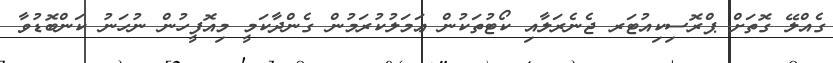
ގެއްލޭ ގޮތަށް ޕްރޮސިކިއުޓަރ ޖެނެރަލާއި ކޯޓުތަކުން ޢަމަލުކުރަމުން ގެންދާކަމީ މިއޮފީހުން ނުހަނު ކަންބޮޑުވާ